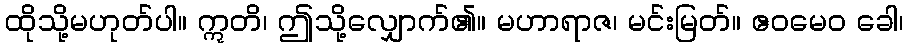
ထိုသို့မဟုတ်ပါ။ ဣတိ၊ ဤသို့လျှောက်၏။ မဟာရာဇ၊ မင်းမြတ်။ ဧဝမေဝ ခေါ၊